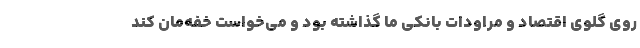
روی گلوی اقتصاد و مراودات بانکی ما گذاشته بود و می‌خواست خفه‌مان کند